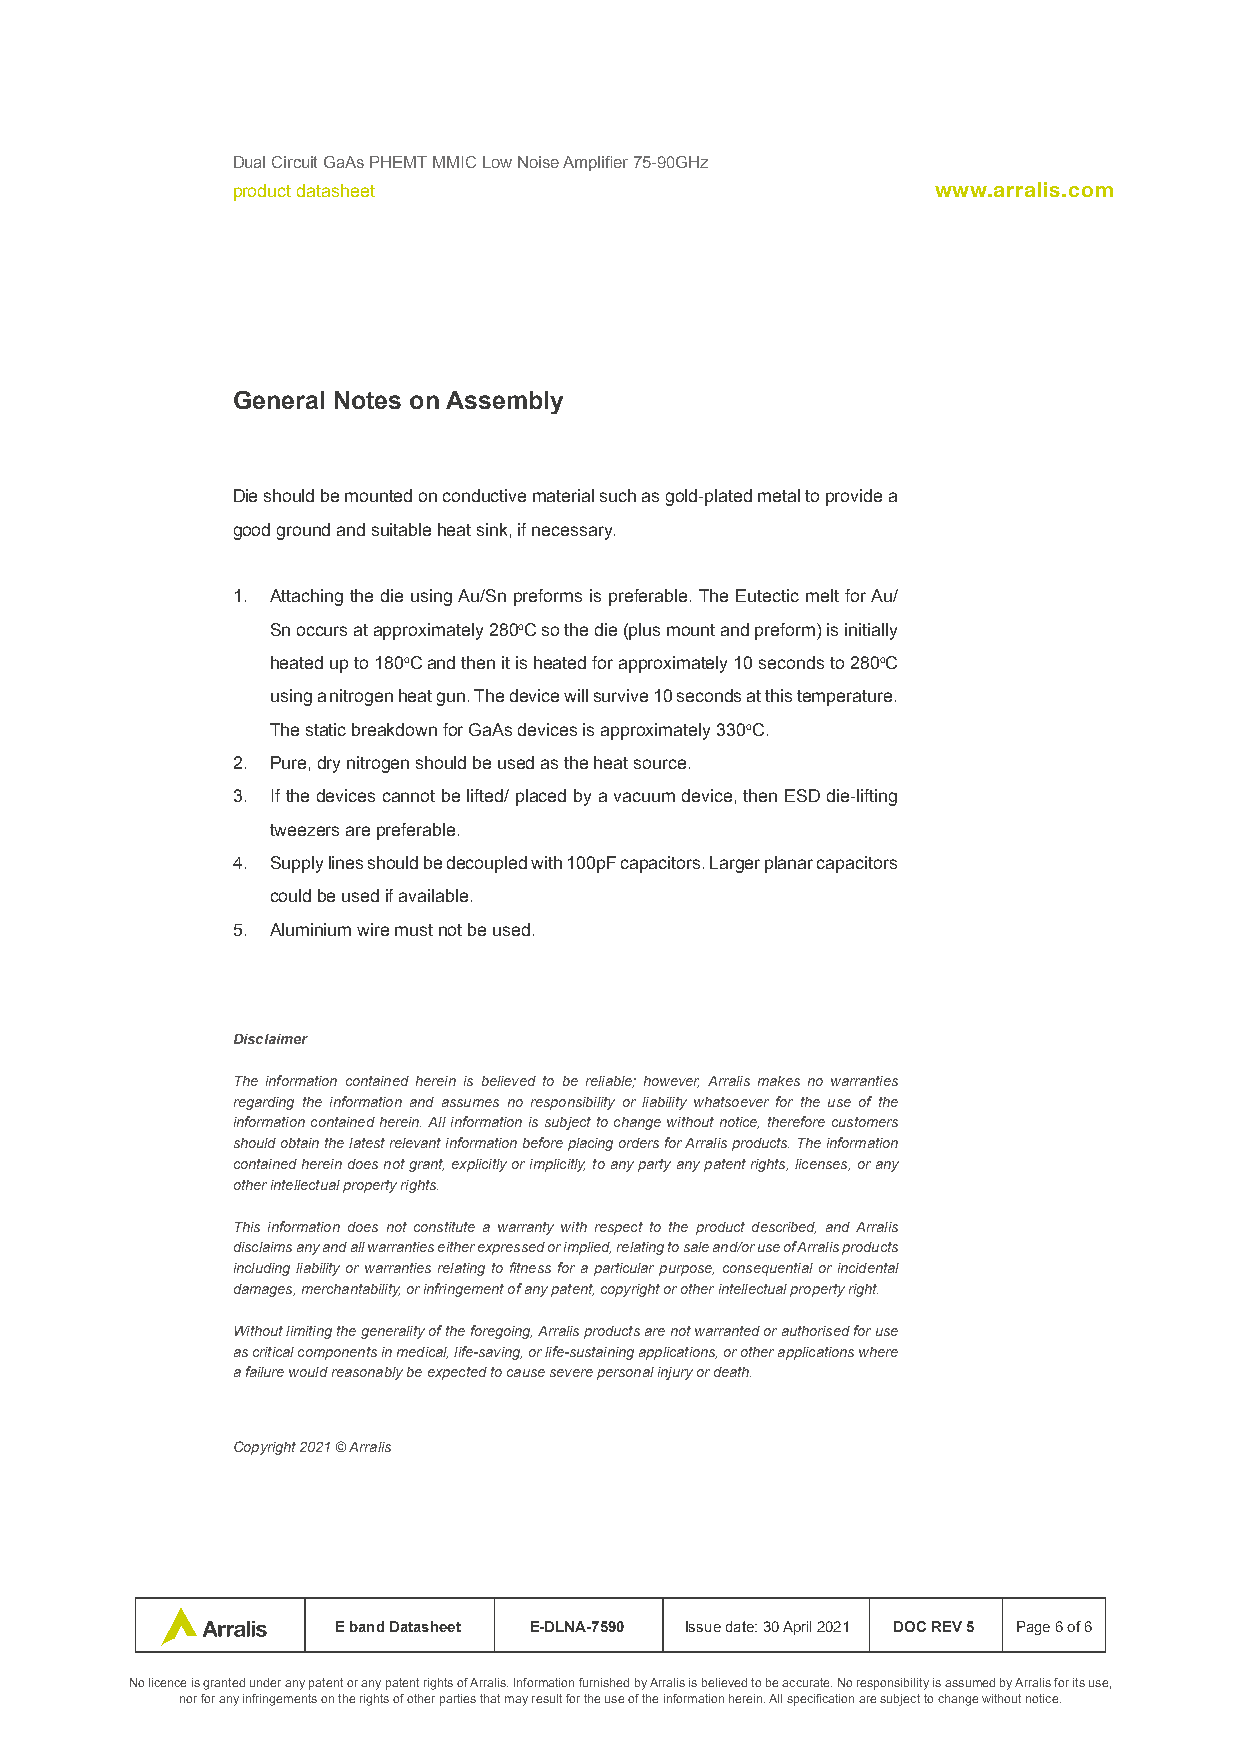
Dual Circuit GaAs PHEMT MMIC Low Noise Amplifier 75-90GHz
 product datasheet                              www.arralis.com
 General Notes on Assembly
 Die should be mounted on conductive material such as gold-plated metal to provide a
 good ground and suitable heat sink, if necessary.
 1. Attaching the die using Au/Sn preforms is preferable. The Eutectic melt for Au/
 Sn occurs at approximately 280oC so the die (plus mount and preform) is initially
 heated up to 180oC and then it is heated for approximately 10 seconds to 280oC
 using a nitrogen heat gun. The device will survive 10 seconds at this temperature.
 The static breakdown for GaAs devices is approximately 330oC.
 2. Pure, dry nitrogen should be used as the heat source.
 3. If the devices cannot be lifted/ placed by a vacuum device, then ESD die-lifting
 tweezers are preferable.
 4. Supply lines should be decoupled with 100pF capacitors. Larger planar capacitors
 could be used if available.
 5. Aluminium wire must not be used.
 Disclaimer
 The information contained herein is believed to be reliable; however, Arralis makes no warranties
 regarding the information and assumes no responsibility or liability whatsoever for the use of the
 information contained herein. All information is subject to change without notice, therefore customers
 should obtain the latest relevant information before placing orders for Arralis products. The information
 contained herein does not grant, explicitly or implicitly, to any party any patent rights, licenses, or any
 other intellectual property rights.
 This information does not constitute a warranty with respect to the product described, and Arralis
 disclaims any and all warranties either expressed or implied, relating to sale and/or use of Arralis products
 including liability or warranties relating to fitness for a particular purpose, consequential or incidental
 damages, merchantability, or infringement of any patent, copyright or other intellectual property right.
 Without limiting the generality of the foregoing, Arralis products are not warranted or authorised for use
 as critical components in medical, life-saving, or life-sustaining applications, or other applications where
 a failure would reasonably be expected to cause severe personal injury or death.
 Copyright 2021 © Arralis
 E band Datasheet E-DLNA-7590 Issue date: 30 April 2021 DOC REV 5 Page 6 of 6
 No licence is granted under any patent or any patent rights of Arralis. Information furnished by Arralis is believed to be accurate. No responsibility is assumed by Arralis for its use,
 nor for any infringements on the rights of other parties that may result for the use of the information herein. All specification are subject to change without notice.